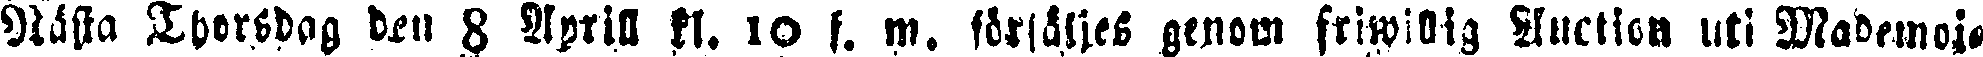
Nästa Thorsdag ku 8 Aprill kl. 10 f. m. försäljes genom friwillig Auction uti Mademoi-